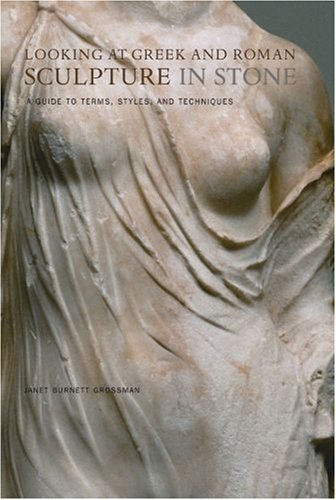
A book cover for Looking at Greek and Roman Sculpture in Stone: A Guide to Terms, Styles, and Techniques; Janet Grossman; Arts & Photography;